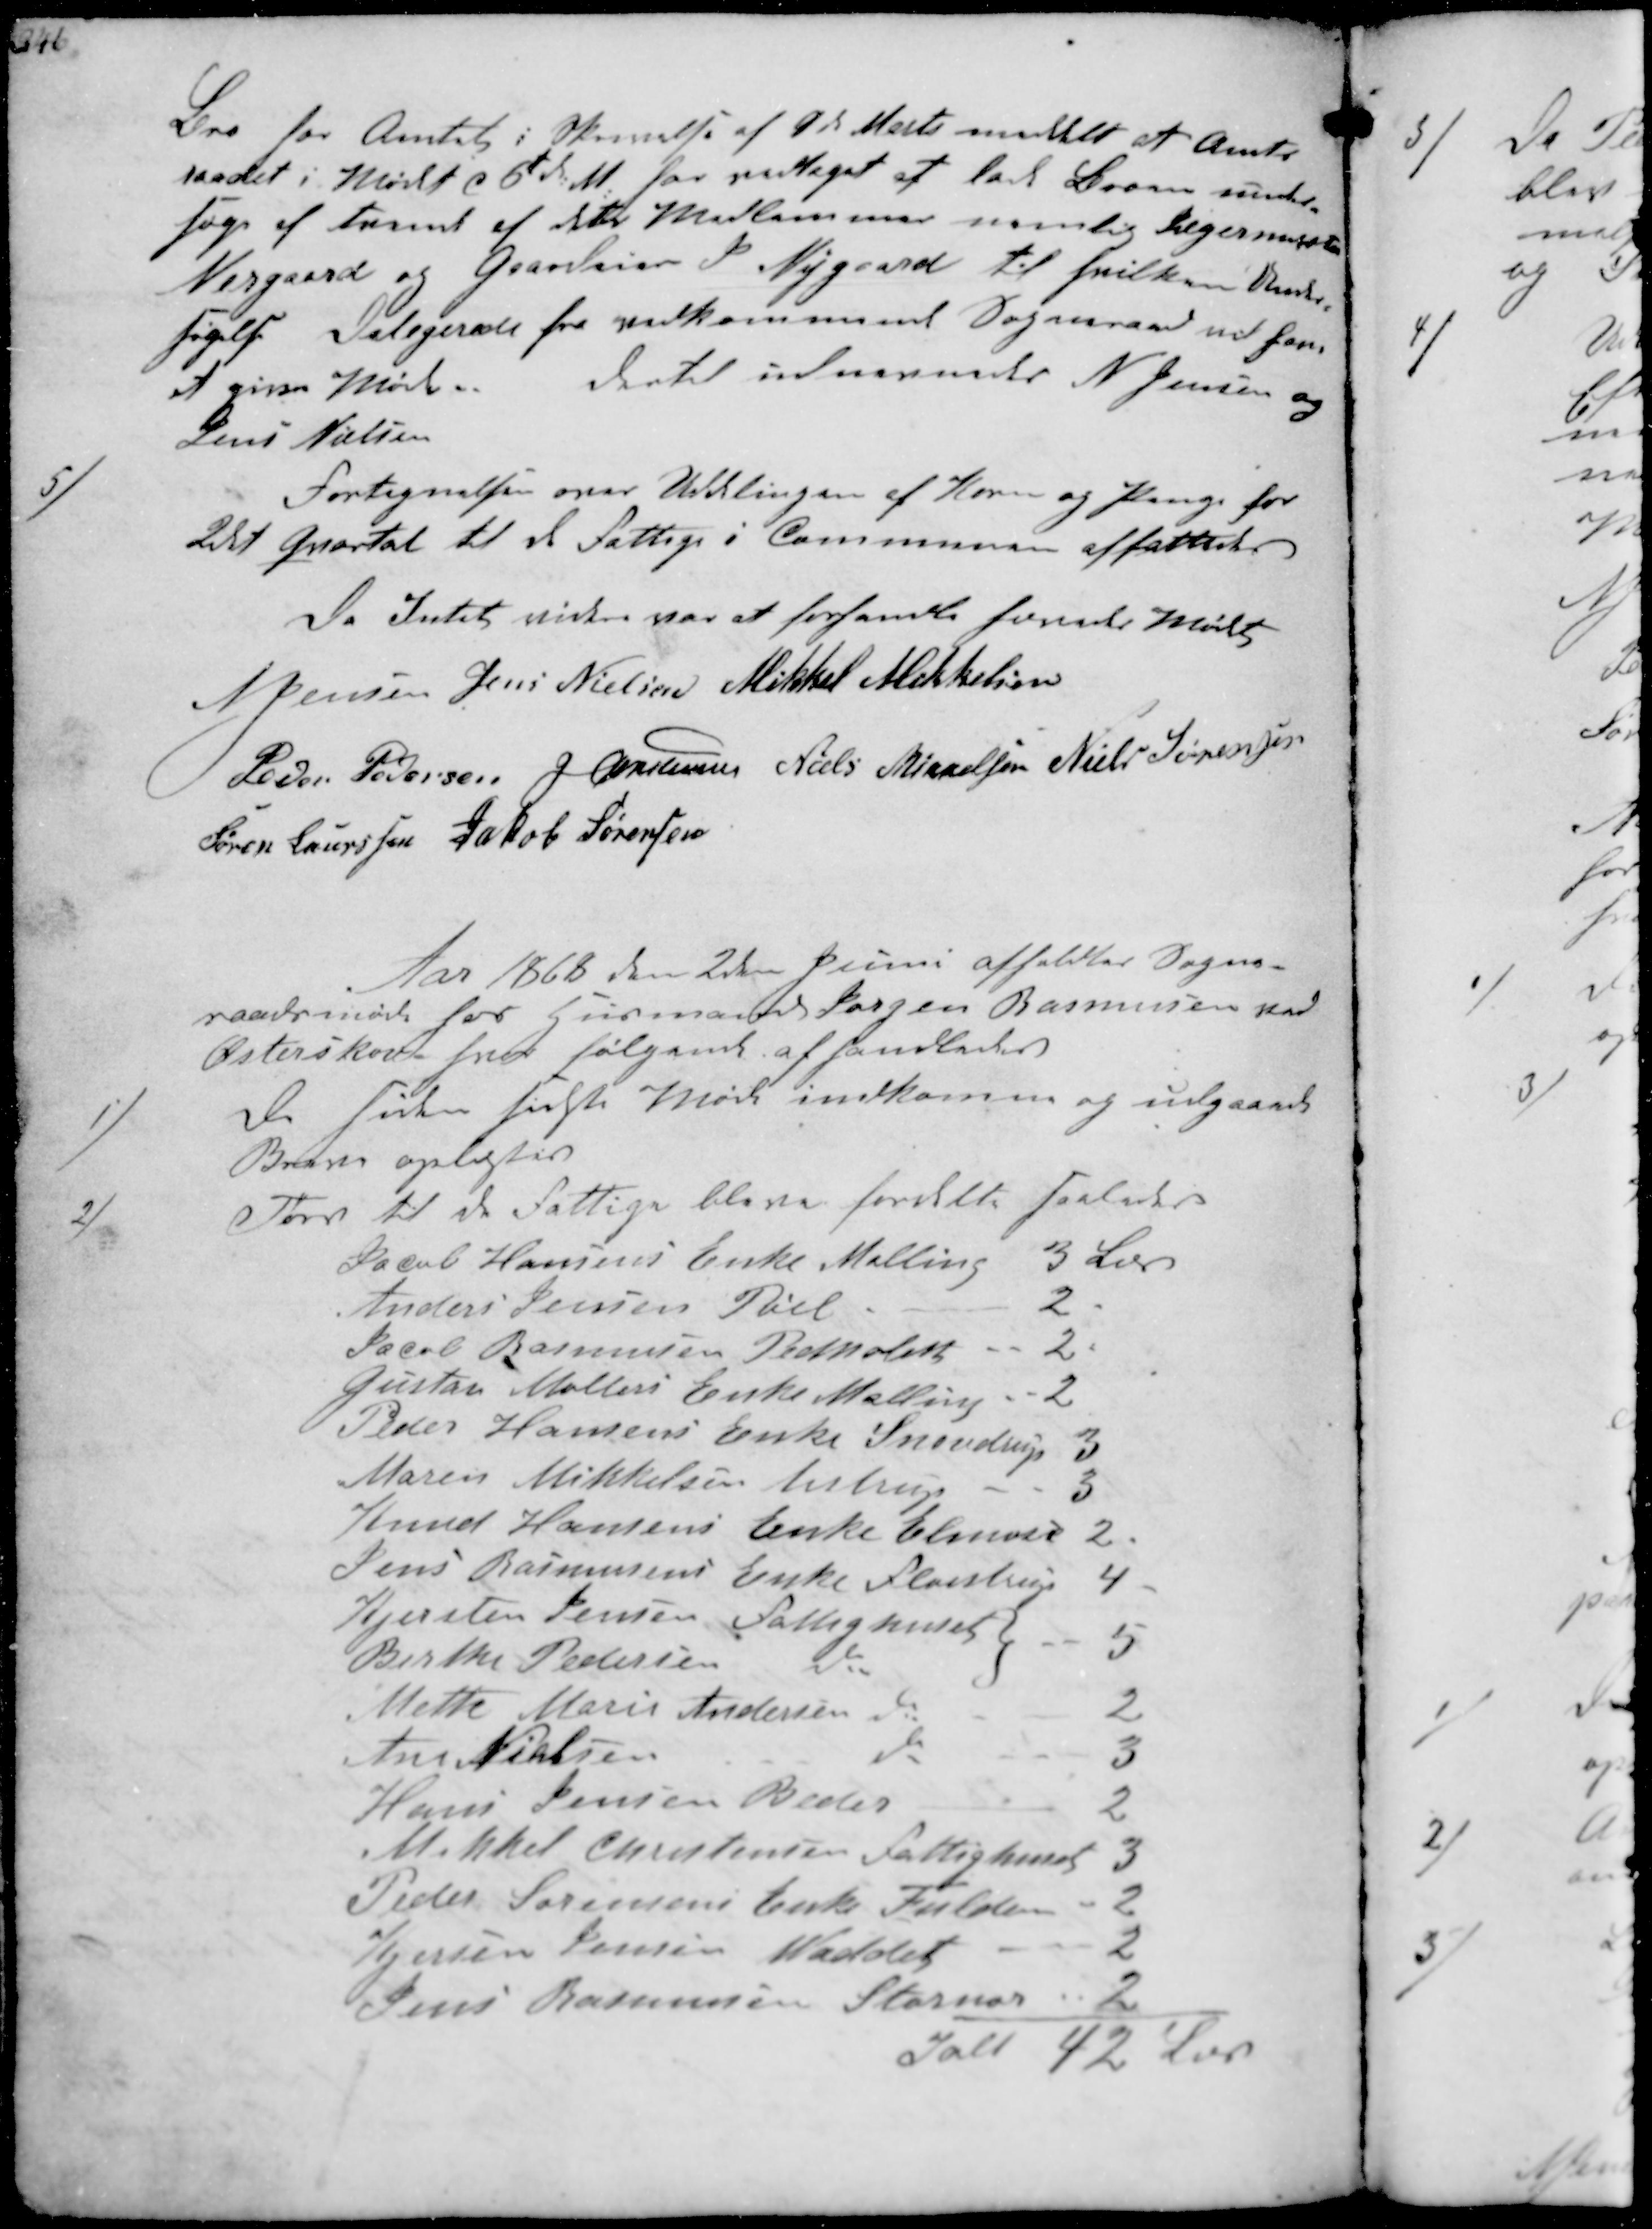
Transskription:
Kro for Amtet i Skrivelse af 9de Marts meddelt at Amts-
raadet i Mødet d 6t d. M. har vedtaget at lade Broen under-
søge af tvende af dets Medlemmer nemlig Bagermester
Nergaard og Gaardeier Nygaard til hvilken Under-
søgelse Delegerede fra vedkommende Sogneraad nu har
at give Møde. Dertil udnævnedes N Jensen og
Jens Nielsen
5/
Fortegnelsen over Uddelingen af Korn og Penge for
2det Qvartal til de Fattige i Kommunen affattedes
Da Intet videre var at forhandle hævedes Mødet
N Jensen Jens Nielsen Mikkel Mikkelsen
Peder Pedersen J Christensen Niels Mikkelsen Niels Sørensen
Søren Laursen Jakob Sørensen

Aar 1868 den 2d Juni afholdtes Sogne-
raadsmøde hos Husmand Jørgen Rasmussen ved
Østerskov hvor følgende afhandledes
1/
De siden sidste Møde indkomne og udgaaede
Breve oplæstes
2/
Tørv til de Fattige blev fordelte saaledes
Jacob Hansens Enke Malling 3 Læs
Anders Jensen Pøel 2
Jacob Rasmussen Pedholt 2
Gustav Møllers Enke Malling 2
Peder Hansen Enke Snovdrup 3
Maren Mikkelsen Aistrup 3
Knud Hansens Enke Elmose 2
Jens Rasmussens Enke Fløistrup 4
Kjersten Jensen Fattighuset
5
Birthe Pedersen Do 
Mette Marie Andersen do
2
Ane Nielsen do
do
3
Hans Jensen Beder
2
Mikkel Christensen Fattighuset 3
Peder Sørensens Enke Fulden 2
Kjersten Jensen  
2
Jens Rasmussen Stornor
2
Ialt 42 Læs